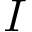
I